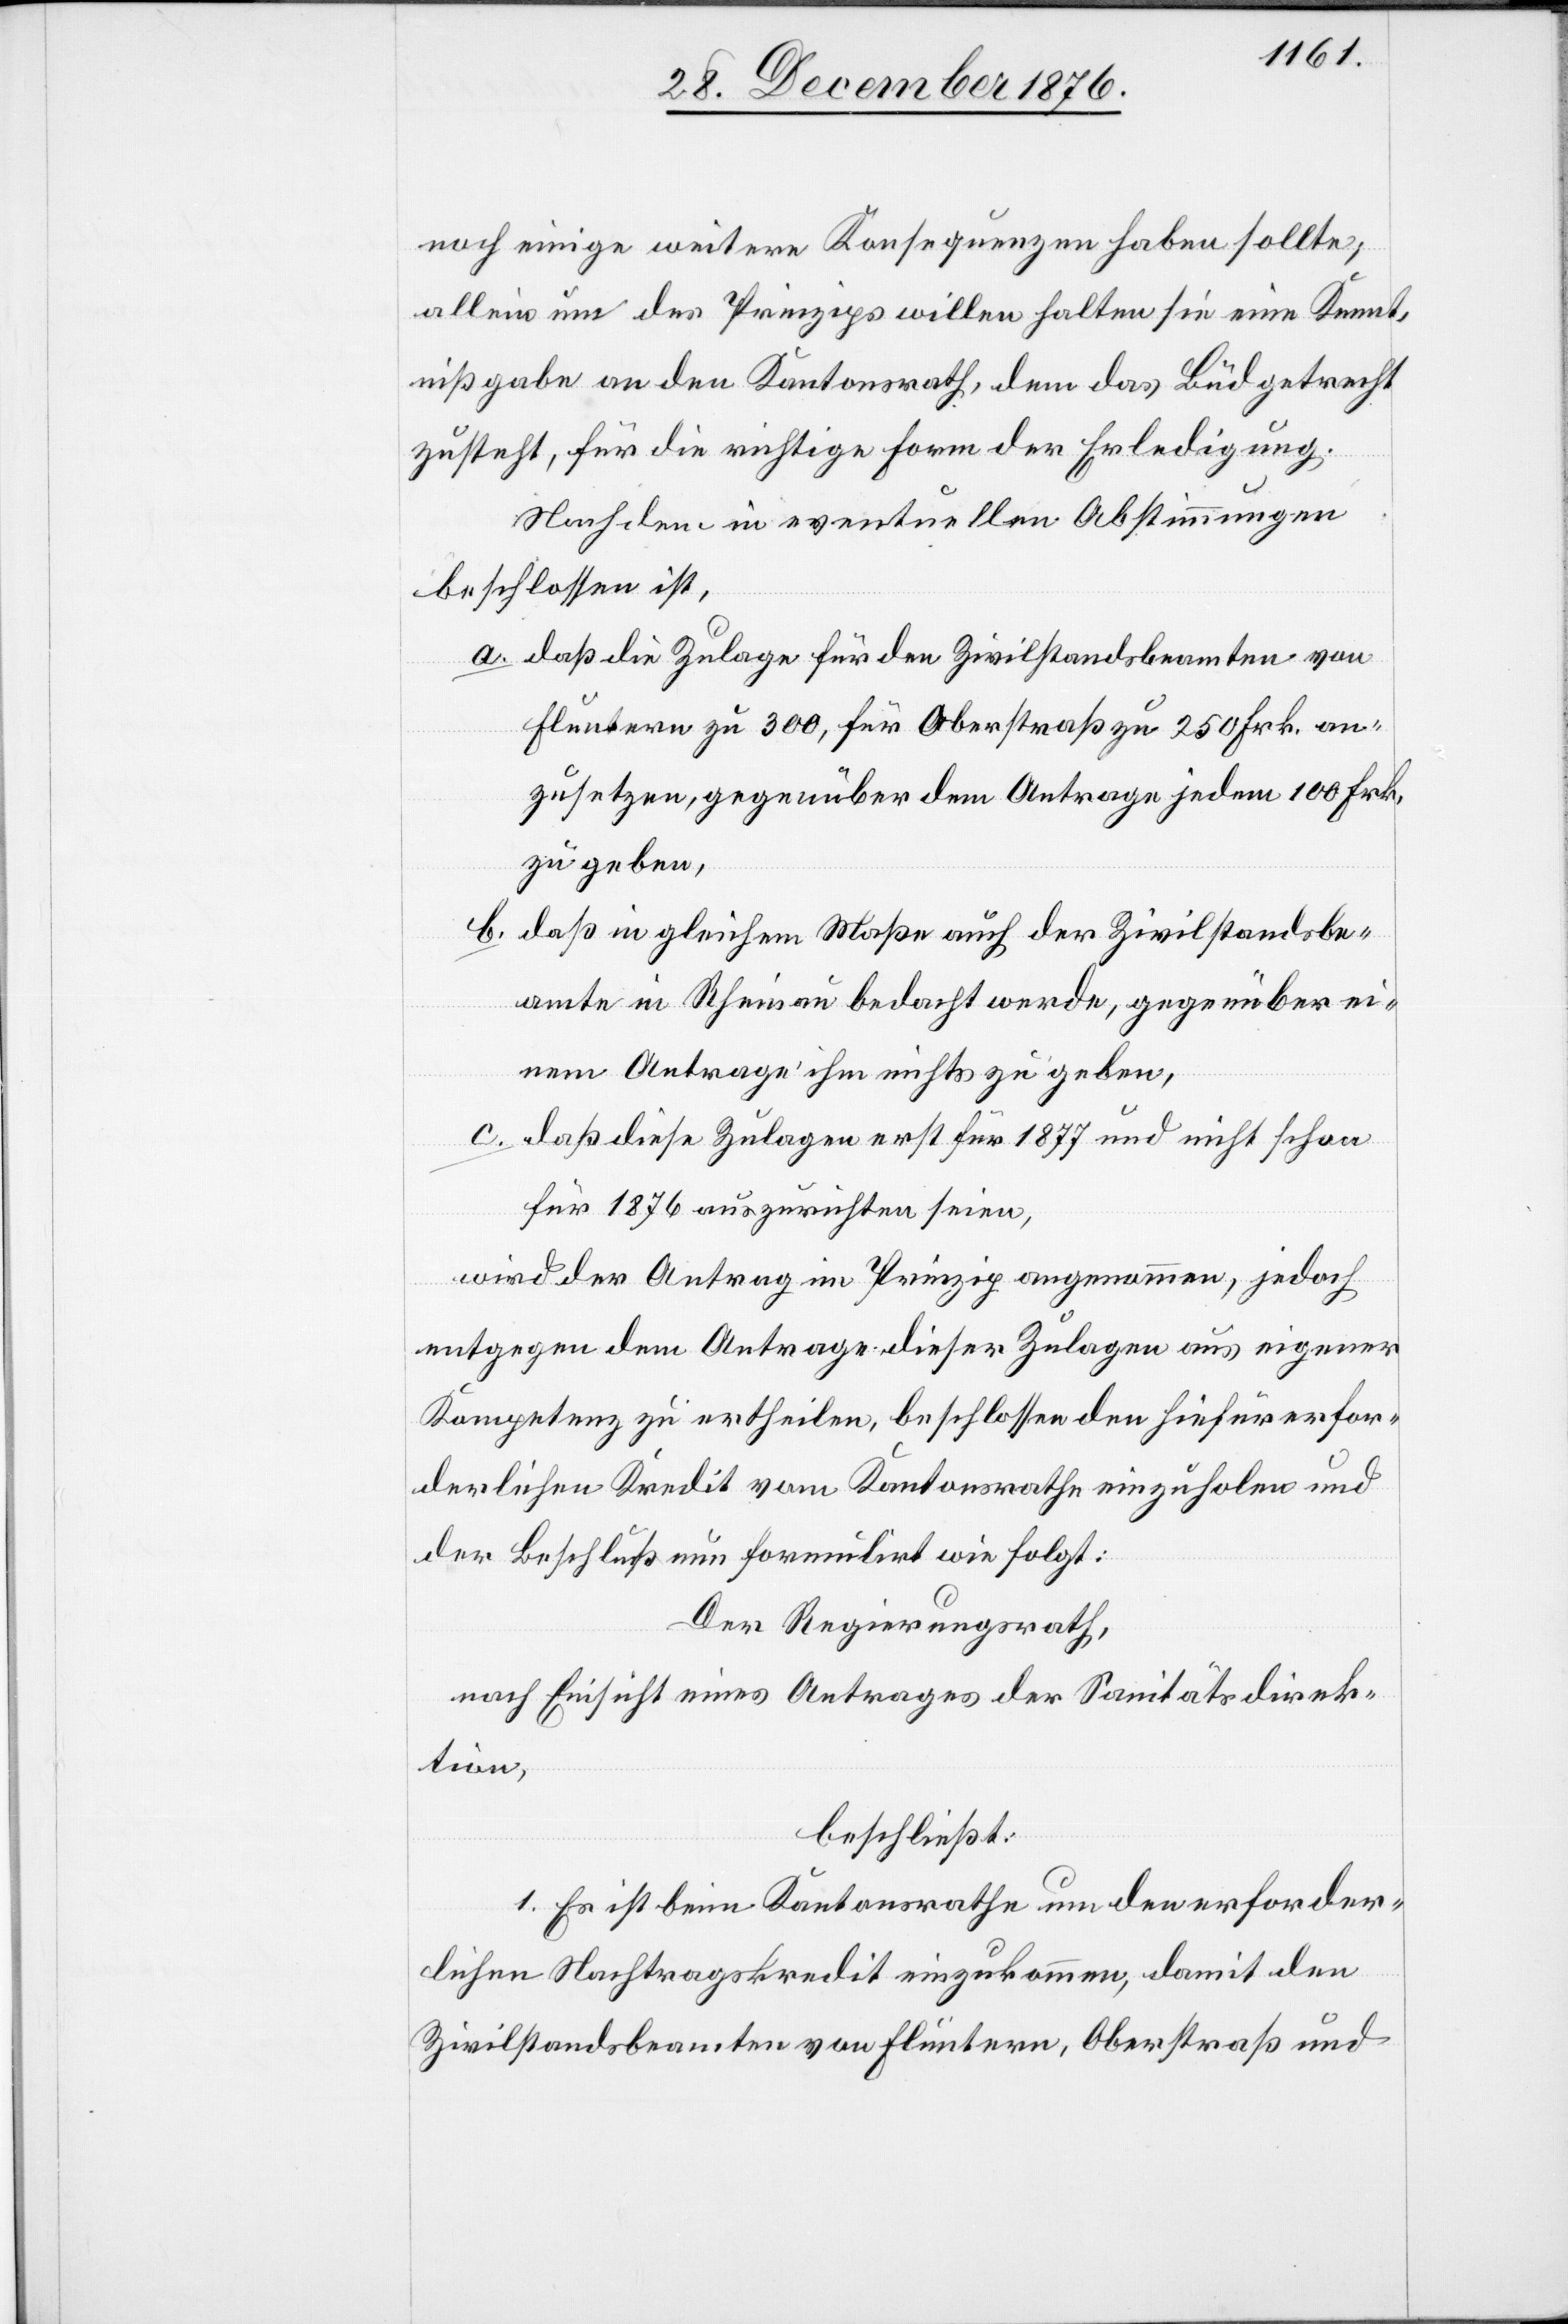
noch einige weitere Konsequenzen haben sollte;
allein um des Prinzips willen halten sie eine Kennt¬
nißgabe an den Kantonsrath, dem das Büdgetrecht
zusteht, für die richtige Form der Erledigung.
Nachdem in eventuellen Abstimmungen
beschlossen ist,
a. daß die Zulage für den Zivilstandsbeamten von
Fluntern zu 300, für Oberstraß zu 250 Frk. an¬
zusetzen, gegenüber dem Antrage jedem 100 Frk.
zu geben,
b. daß in gleichem Maße auch der Zivilstandsbe¬
amte in Rheinau bedacht werde, gegenüber ei¬
nem Antrage ihm nichts zu geben,
c. daß diese Zulagen erst für 1877 und nicht schon
für 1876 auszurichten seien,
wird der Antrag im Prinzip angenommen, jedoch
entgegen dem Antrage dieser Zulagen aus eigener
Kompetenz zu ertheilen, beschlossen den hiefür erfor¬
derlichen Kredit vom Kantonsrathe einzuholen und
der Beschluß nun formulirt wie folgt:
Der Regierungsrath,
nach Einsicht eines Antrages der Sanitätsdirek¬
tion,
beschließt:
1. Es ist beim Kantonsrathe um den erforder¬
lichen Nachtragskredit einzukommen, damit den
Zivilstandsbeamten von Fluntern, Oberstraß und